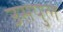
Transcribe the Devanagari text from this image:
उसपुल